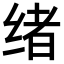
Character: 绪